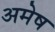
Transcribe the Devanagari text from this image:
अमेष